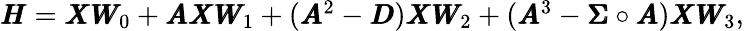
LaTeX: \begin{array}{r}{\pmb{H}=\pmb{X}\pmb{W}_{0}+\pmb{A}\pmb{X}\pmb{W}_{1}+(\pmb{A}^{2}-\pmb{D})\pmb{X}\pmb{W}_{2}+(\pmb{A}^{3}-\pmb{\Sigma}\circ\pmb{A})\pmb{X}\pmb{W}_{3},}\end{array}